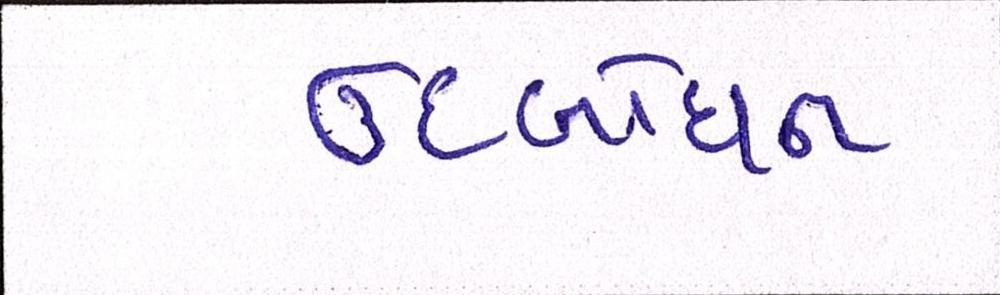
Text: ઉદબોધન